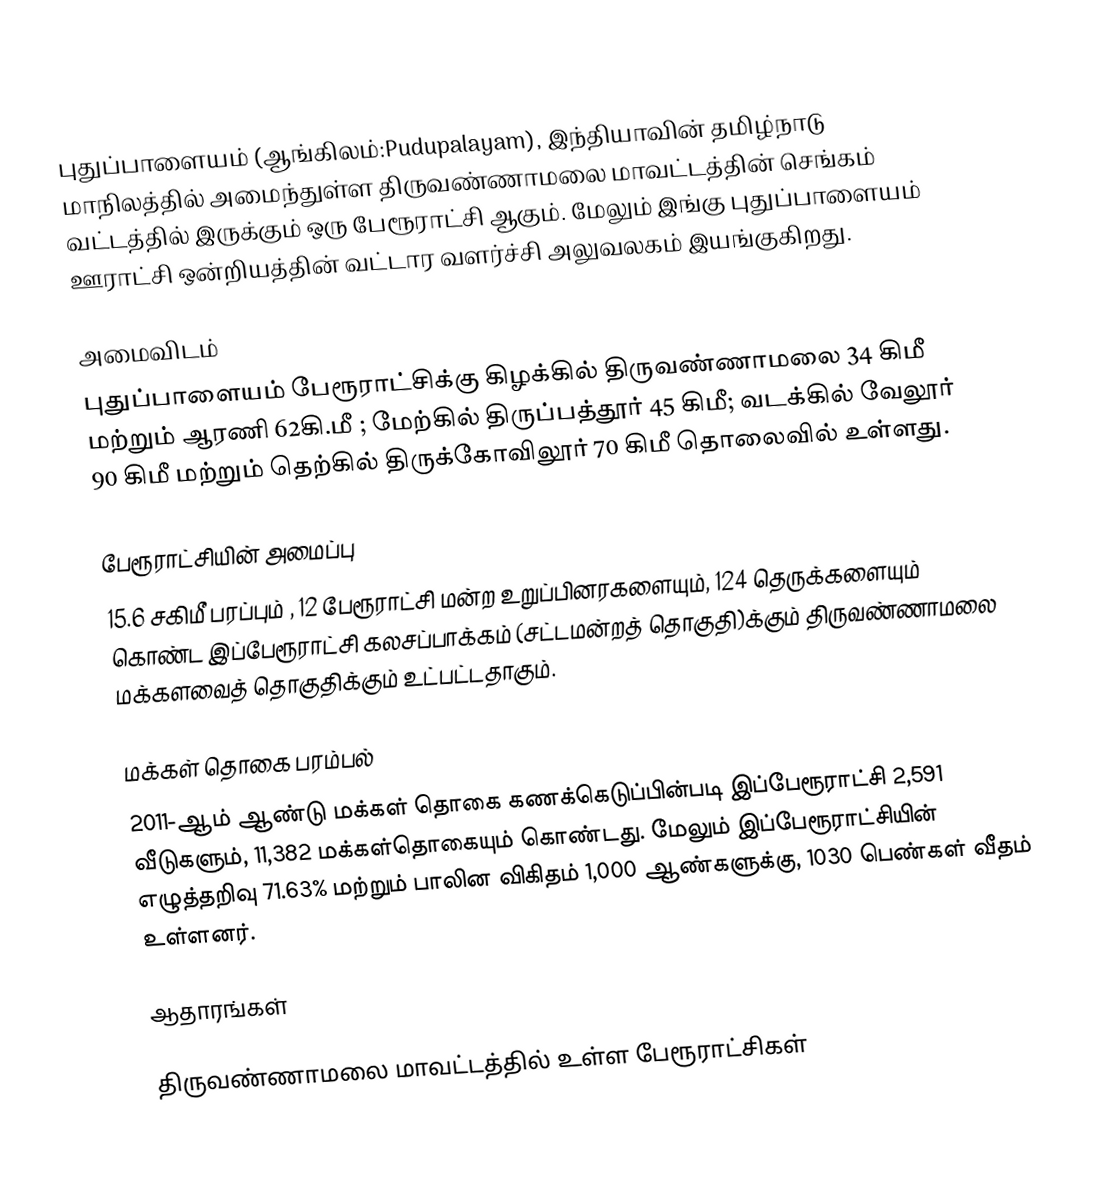
புதுப்பாளையம் (ஆங்கிலம்:Pudupalayam), இந்தியாவின் தமிழ்நாடு மாநிலத்தில் அமைந்துள்ள திருவண்ணாமலை மாவட்டத்தின் செங்கம் வட்டத்தில் இருக்கும் ஒரு பேரூராட்சி ஆகும். மேலும் இங்கு புதுப்பாளையம் ஊராட்சி ஒன்றியத்தின் வட்டார வளர்ச்சி அலுவலகம் இயங்குகிறது.

அமைவிடம்
புதுப்பாளையம் பேரூராட்சிக்கு கிழக்கில் திருவண்ணாமலை 34 கிமீ மற்றும் ஆரணி 62கி.மீ ; மேற்கில் திருப்பத்தூர் 45 கிமீ; வடக்கில் வேலூர் 90 கிமீ மற்றும் தெற்கில் திருக்கோவிலூர் 70 கிமீ தொலைவில் உள்ளது.

பேரூராட்சியின் அமைப்பு
15.6 சகிமீ பரப்பும் , 12  பேரூராட்சி மன்ற உறுப்பினரகளையும்,  124 தெருக்களையும் கொண்ட  இப்பேரூராட்சி கலசப்பாக்கம் (சட்டமன்றத் தொகுதி)க்கும் திருவண்ணாமலை மக்களவைத் தொகுதிக்கும் உட்பட்டதாகும்.

மக்கள் தொகை பரம்பல்
2011-ஆம் ஆண்டு மக்கள் தொகை கணக்கெடுப்பின்படி   இப்பேரூராட்சி 2,591 வீடுகளும், 11,382  மக்கள்தொகையும் கொண்டது. மேலும் இப்பேரூராட்சியின் எழுத்தறிவு 71.63%   மற்றும்  பாலின விகிதம் 1,000 ஆண்களுக்கு, 1030 பெண்கள் வீதம் உள்ளனர்.

ஆதாரங்கள்

திருவண்ணாமலை மாவட்டத்தில் உள்ள பேரூராட்சிகள்